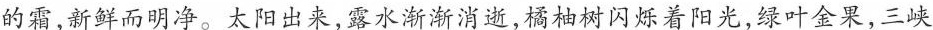
的霜,新鲜而明净。太阳出来,露水渐渐消逝,橘柚树闪烁着阳光,绿叶金果,三峡